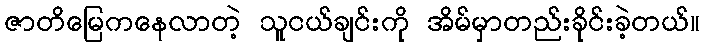
ဇာတိမြေကနေလာတဲ့ သူငယ်ချင်းကို အိမ်မှာတည်းခိုင်းခဲ့တယ်။